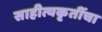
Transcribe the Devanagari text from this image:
साहीत्यकृतींचा